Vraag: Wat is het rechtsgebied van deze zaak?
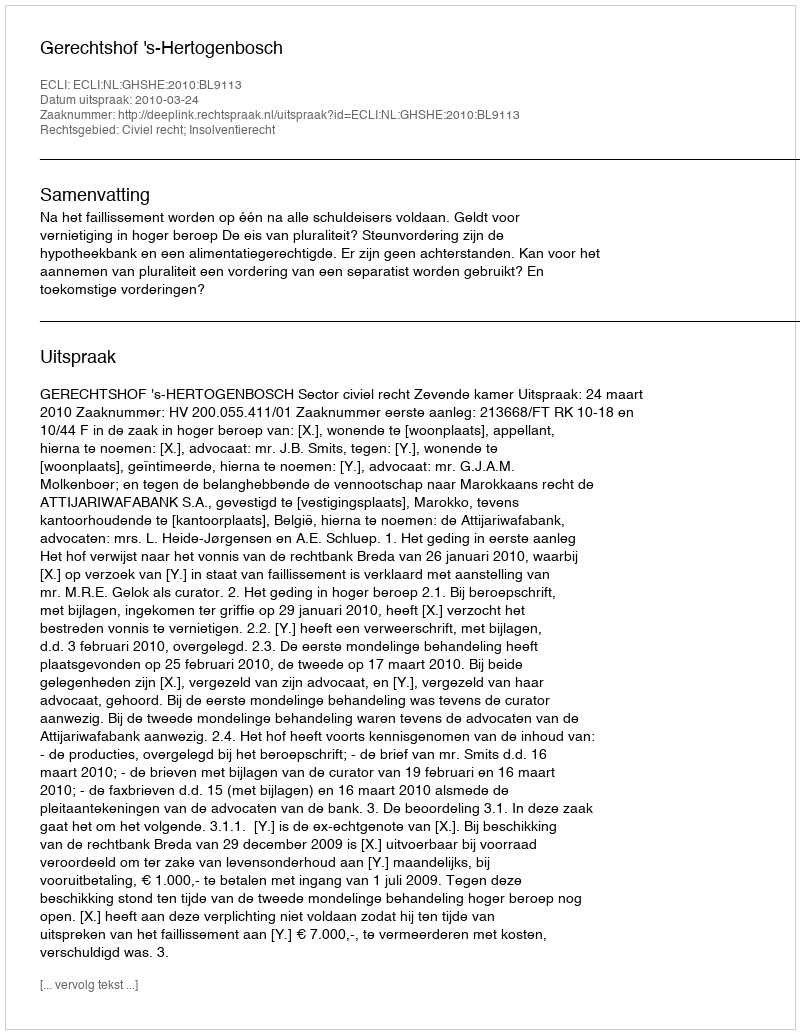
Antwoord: Civiel recht; Insolventierecht